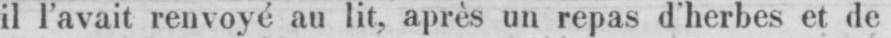
il l’avait renvoyé au lit, après un repas d’herbes et de